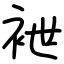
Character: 袣